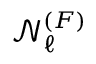
\mathcal { N } _ { \ell } ^ { ( F ) }